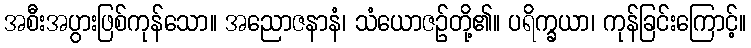
အစီးအပွားဖြစ်ကုန်သော။ အညောဇနာနံ၊ သံယောဇဉ်တို့၏။ ပရိက္ခယာ၊ ကုန်ခြင်းကြောင့်။